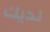
لديك